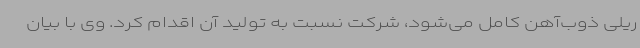
ریلی ذوب‌آهن کامل می‌شود، شرکت نسبت به تولید آن اقدام کرد. وی با بیان